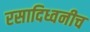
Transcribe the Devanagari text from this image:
रसादिध्वनीच